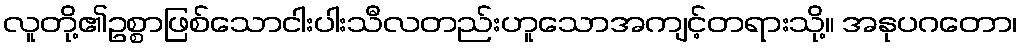
လူတို့၏ဥစ္စာဖြစ်သောငါးပါးသီလတည်းဟူသောအကျင့်တရားသို့။ အနုပဂတော၊